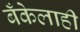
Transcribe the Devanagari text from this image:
बँकेलाही